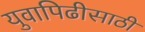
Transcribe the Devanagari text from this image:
युवापिढीसाठी